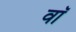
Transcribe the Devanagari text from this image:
वाॅ